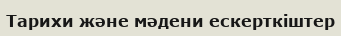
Тарихи және мәдени ескерткіштер